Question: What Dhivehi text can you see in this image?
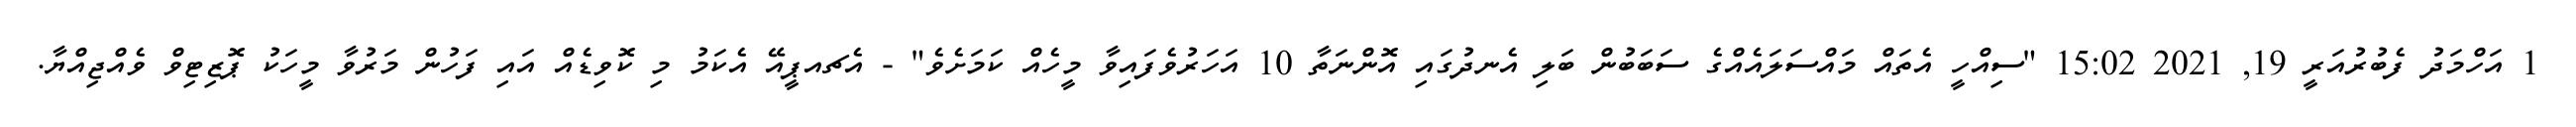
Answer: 1 އަހްމަދު ފެބުރުއަރީ 19, 2021 15:02 "ސިއްހީ އެތައް މައްސަލައެއްގެ ސަބަބުން ބަލި އެނދުގައި އޮންނަތާ 10 އަހަރުވެފައިވާ މީހެއް ކަމަށެވެ" - އެޗއޕީއޭ އެކަމު މި ކޮވިޑެއް އައި ފަހުން މަރުވާ މީހަކު ޕޮޒިޓިވް ވެއްޖިއްޔާ.